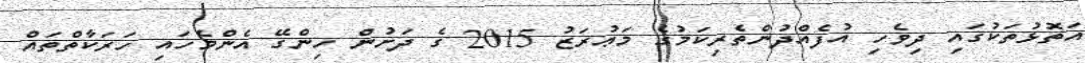
އަތޮޅުތަކުގައި ދިވެހި އުފެއްދުންތެރިކަމުގެ މަޢުރަޒު 2015 ގެ ދަށުން ހިންގޭ އެންމެހައި ހަރަކާތްތައް